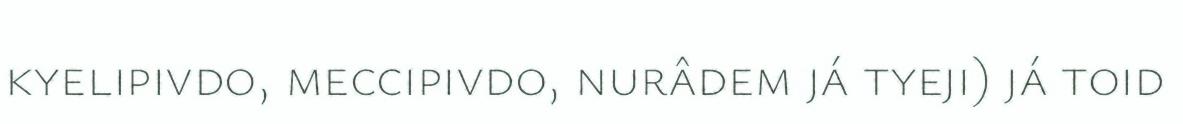
kyelipivdo, meccipivdo, nurâdem já tyeji) já toid